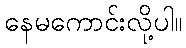
နေမကောင်းလို့ပါ။